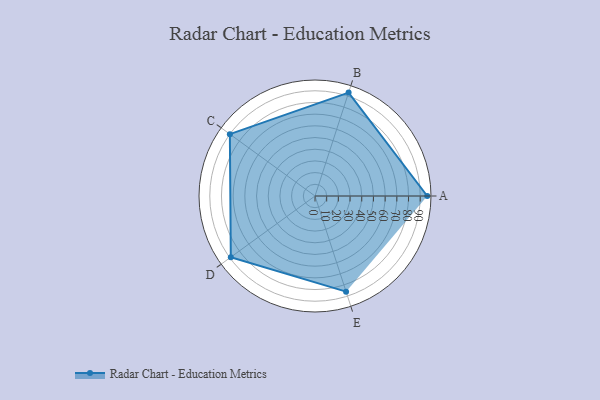
{"axis": {"x": "Skill", "y": "Score"}, "legend": ["Profile"], "data": [{"x": "A", "y": 96.0, "type": "Profile"}, {"x": "B", "y": 93.0, "type": "Profile"}, {"x": "C", "y": 90.0, "type": "Profile"}, {"x": "D", "y": 89.0, "type": "Profile"}, {"x": "E", "y": 86.0, "type": "Profile"}]}